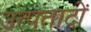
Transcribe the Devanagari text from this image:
उत्पतादों